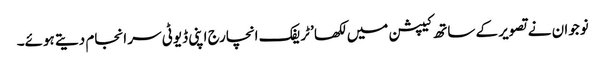
نوجوان نے تصویر کے ساتھ کیپشن میں لکھا ’ٹریفک انچارج اپنی ڈیوٹی سر انجام دیتے ہوئے۔